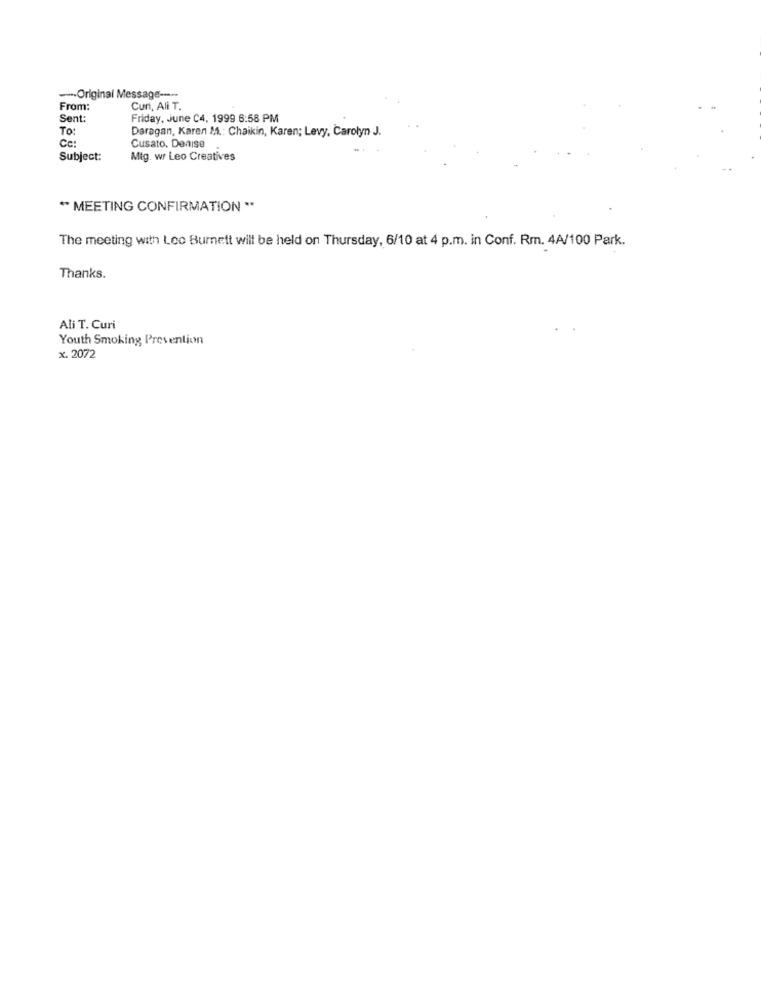
--- Original Message ----
From:
Curi, Ali T.
Sent
Friday, June C4, 1999 6:58 PM
To:
Cc :
Daragan, Karen M .: Chaikin, Karen; Levy, Carolyn J.
Cusato, Denise
Subject:
Mig. wr Leo Creatives
" MEETING CONFIRMATION **
The meeting with Leo Burnett will be held on Thursday, 6/10 at 4 p.m. in Conf. Rm. 4A/100 Park.
Thanks.
Ali T. Curi
Youth Smoking Prevention
x. 2072